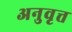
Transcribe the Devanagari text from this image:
अनुवृत्त